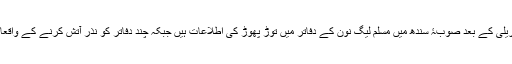
لاہور میں مسلم لیگ نون کی احتجاجی ریلی کے بعد صوبۂ سندھ میں مسلم لیگ نون کے دفاتر میں توڑ پھوڑ کی اطلاعات ہیں جبکہ چند دفاتر کو نذرِ آتش کرنے کے واقعات کی بھی اطلاعات موصول ہوئی ہیں۔